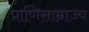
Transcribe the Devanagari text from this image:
प्राणिसाम्राज्य